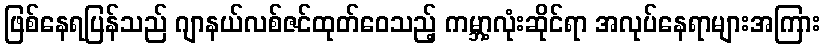
ဖြစ်နေရပြန်သည် ဂျာနယ်လစ်ဇင်ထုတ်ဝေသည့် ကမ္ဘာ့လုံးဆိုင်ရာ အလုပ်နေရာများအကြား